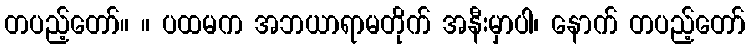
တပည့်တော်။ ။ ပထမက အဘယာရာမတိုက် အနီးမှာပါ၊ နောက် တပည့်တော်